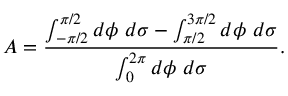
A = \frac { \int _ { - \pi / 2 } ^ { \pi / 2 } d \phi ~ d \sigma - \int _ { \pi / 2 } ^ { 3 \pi / 2 } d \phi ~ d \sigma } { \int _ { 0 } ^ { 2 \pi } d \phi ~ d \sigma } .